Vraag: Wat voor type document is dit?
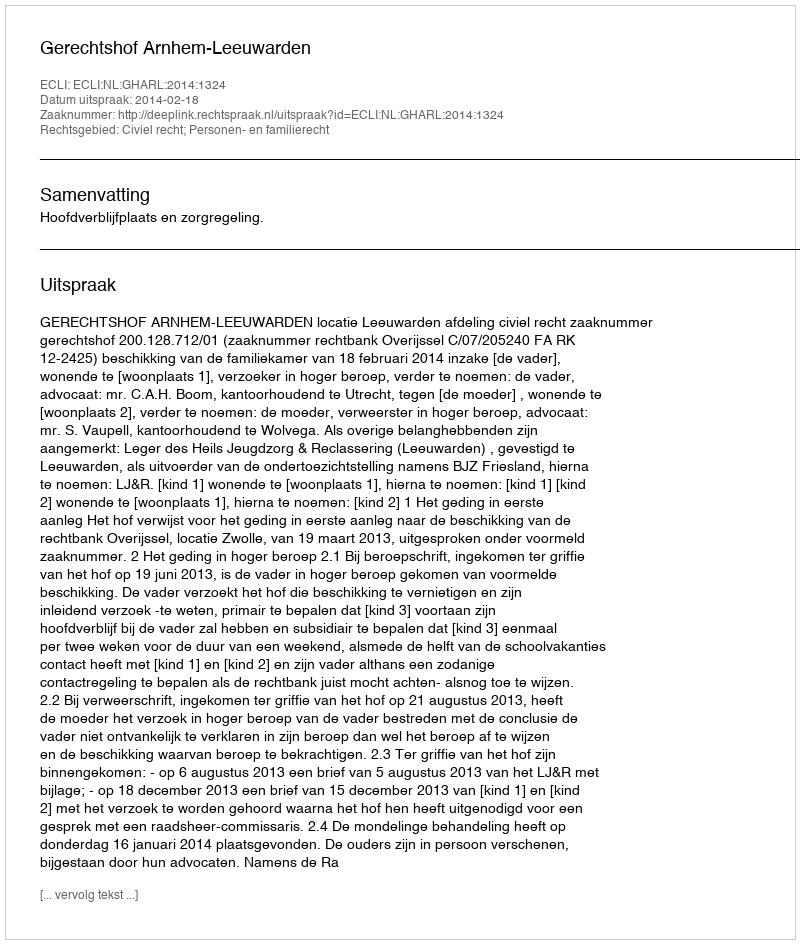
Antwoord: Uitspraak